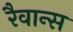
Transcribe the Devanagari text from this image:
रैवान्स